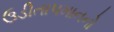
ઉડીતાપમાનનો